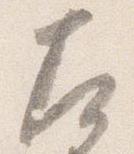
左